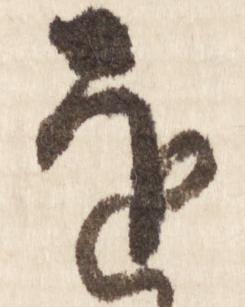
を